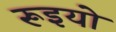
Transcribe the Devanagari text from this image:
रूइयो